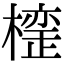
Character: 𣚪